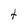
Character: t